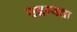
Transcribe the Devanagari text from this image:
उद्दण्डता